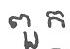
ពួក